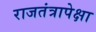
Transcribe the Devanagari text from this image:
राजतंत्रापेक्षा